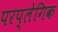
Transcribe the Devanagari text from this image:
परप्लेगिक